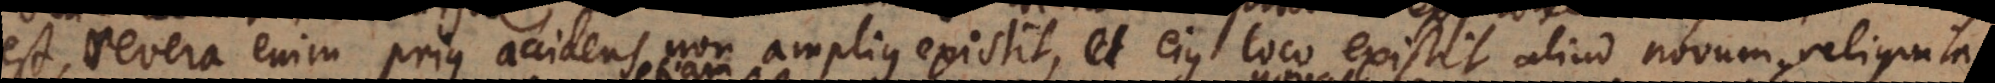
est, revera enim prius accidens non amplius existit, et ejus loco existit aliud novum, reliqua